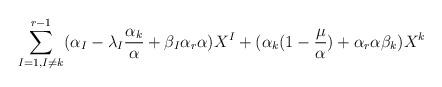
LaTeX: \begin{align*}\sum^{r-1}_{I=1,I\not= k} (\alpha_{I}-\lambda_{I}\frac{\alpha_{k}}{\alpha}+ \beta_{I}\alpha_{r}\alpha) X^I +(\alpha_{k}(1-\frac{\mu}{\alpha})+\alpha_{r}\alpha\beta_{k})X^k\end{align*}